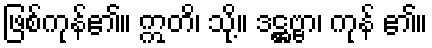
ဖြစ်ကုန်၏။ ဣတိ၊ သို့။ ဒဋ္ဌဗ္ဗာ၊ ကုန် ၏။